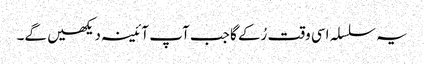
یہ سلسلہ اسی وقت رُکے گا جب آپ آئینہ دیکھیں گے۔